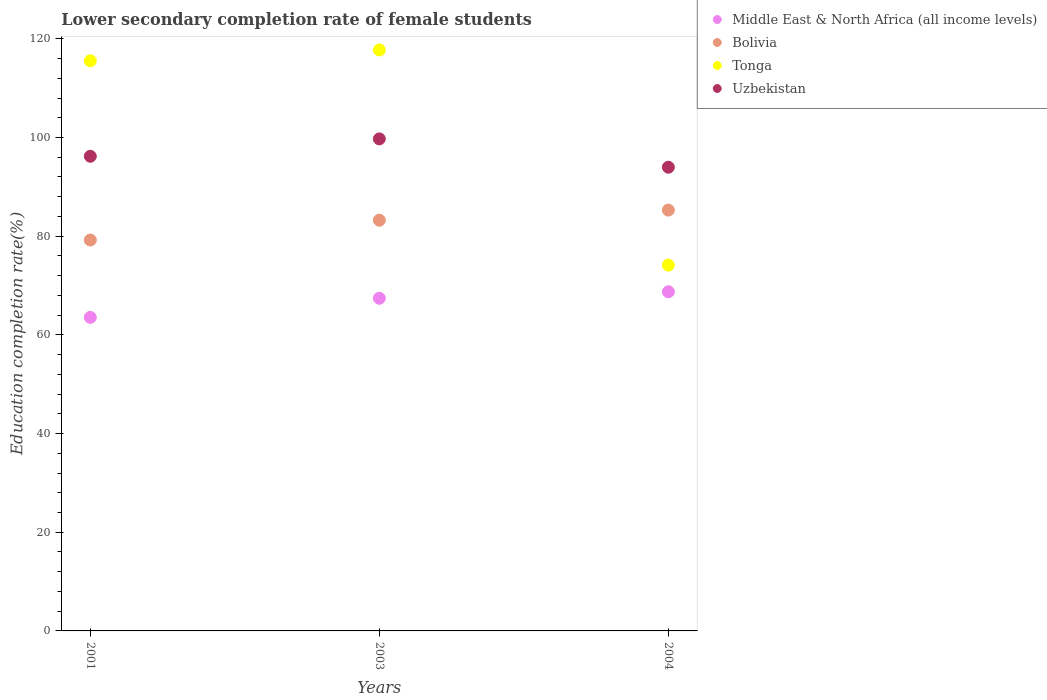
| Years | Middle East & North Africa (all income levels) | Bolivia | Tonga | Uzbekistan |
 | --- | --- | --- | --- | --- |
 | 2001 | 63.5 | 79.2 | 116 | 96.2 |
 | 2003 | 67.4 | 83.2 | 118 | 99.7 |
 | 2004 | 68.7 | 85.3 | 74.1 | 94 |